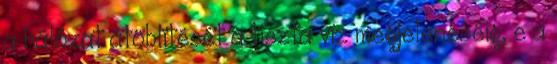
a hálózat átöblítését a tiszta víz megjelenéséig, e a